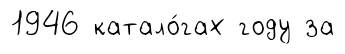
1946 катало́гах году за